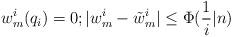
LaTeX: \begin{align*}w^i_m(q_i) = 0; |w^i_m - \tilde{w}^i_m|\leq\Phi(\frac{1}{i}|n) \end{align*}